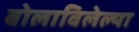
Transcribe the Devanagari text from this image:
बोलाविलेल्या